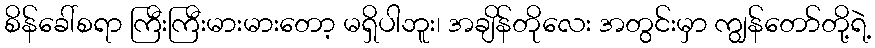
စိန်ခေါ်စရာ ကြီးကြီးမားမားတော့ မရှိပါဘူး၊ အချိန်တိုလေး အတွင်းမှာ ကျွန်တော်တို့ရဲ့